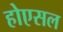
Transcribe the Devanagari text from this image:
होएसल